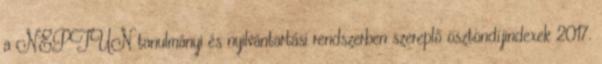
a NEPTUN tanulmányi és nyilvántartási rendszerben szereplő ösztöndíjindexek 2017.